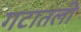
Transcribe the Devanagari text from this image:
गटातली